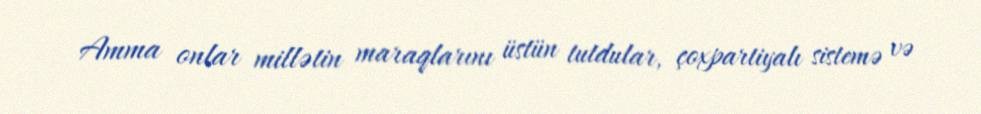
Amma onlar millətin maraqlarını üstün tutdular, çoxpartiyalı sistemə və